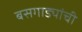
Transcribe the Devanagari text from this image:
बसगाड्यांची